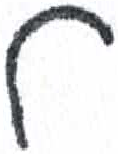
אות: ל